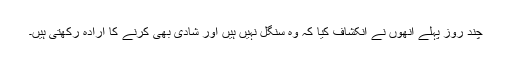
چند روز پہلے انھوں نے انکشاف کیا کہ وہ سنگل نہیں ہیں اور شادی بھی کرنے کا ارادہ رکھتی ہیں۔